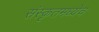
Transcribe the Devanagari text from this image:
संस्कृतमध्येच